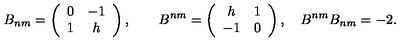
B _ { n m } = \left( \begin{array} { c c } { 0 } & { - 1 } \\ { 1 } & { h } \\ \end{array} \right) , \qquad B ^ { n m } = \left( \begin{array} { c c } { h } & { 1 } \\ { - 1 } & { 0 } \\ \end{array} \right) , \quad B ^ { n m } B _ { n m } = - 2 .